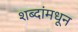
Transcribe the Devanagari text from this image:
शब्दांमधून